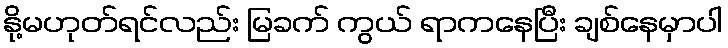
နို့မဟုတ်ရင်လည်း မြခက် ကွယ် ရာကနေပြီး ချစ်နေမှာပါ